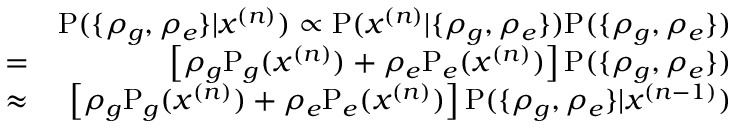
\begin{array} { r l r } & { } & { \mathrm P ( \{ \rho _ { g } , \rho _ { e } \} | x ^ { ( n ) } ) \propto \mathrm P ( x ^ { ( n ) } | \{ \rho _ { g } , \rho _ { e } \} ) \mathrm P ( \{ \rho _ { g } , \rho _ { e } \} ) } \\ & { = } & { \left[ \rho _ { g } \mathrm P _ { g } ( x ^ { ( n ) } ) + \rho _ { e } \mathrm P _ { e } ( x ^ { ( n ) } ) \right] \mathrm P ( \{ \rho _ { g } , \rho _ { e } \} ) } \\ & { \approx } & { \left[ \rho _ { g } \mathrm P _ { g } ( x ^ { ( n ) } ) + \rho _ { e } \mathrm P _ { e } ( x ^ { ( n ) } ) \right] \mathrm P ( \{ \rho _ { g } , \rho _ { e } \} | x ^ { ( n - 1 ) } ) } \end{array}